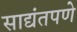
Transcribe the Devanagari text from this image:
साद्यंतपणे